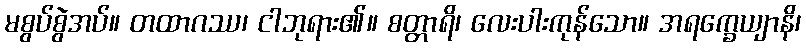
မစွပ်စွဲအပ်။ တထာဂဿ၊ ငါဘုရား၏။ စတ္တာရိ၊ လေးပါးကုန်သော။ အရက္ခေယျာနိ၊